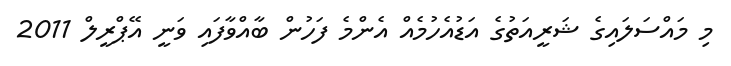
މި މައްސަލައިގެ ޝަރީއަތުގެ އަޑުއެހުމެއް އެންމެ ފަހުން ބާއްވާފައި ވަނީ އޭޕްރީލް 2011